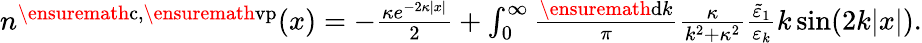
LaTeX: \begin{array}{r}{n^{\ensuremath{\mathrm{c}},\ensuremath{\mathrm{vp}}}(x)=-\frac{\kappa e^{-2\kappa|x|}}{2}+\int_{0}^{\infty}\frac{\ensuremath{\mathrm{d}}k}{\pi}\frac{\kappa}{k^{2}+\kappa^{2}}\frac{\tilde{\varepsilon}_{1}}{\varepsilon_{k}}k\sin(2k|x|).}\end{array}